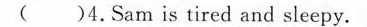
( )4.Sam is tired and sleepy.